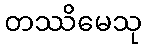
တဿိမေသု